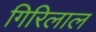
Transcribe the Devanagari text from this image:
गिरिलाल